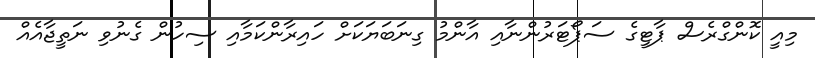
މިއީ ކޮންގްރެސް ޕާޓީގެ ސަޕޯޓަރުންނާއި އާންމު ގިނަބަޔަކަށް ހައިރާންކަމާއި ސިހުން ގެނުވި ނަތީޖާއެއް